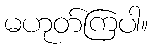
မဟုတ်ကြပါ။